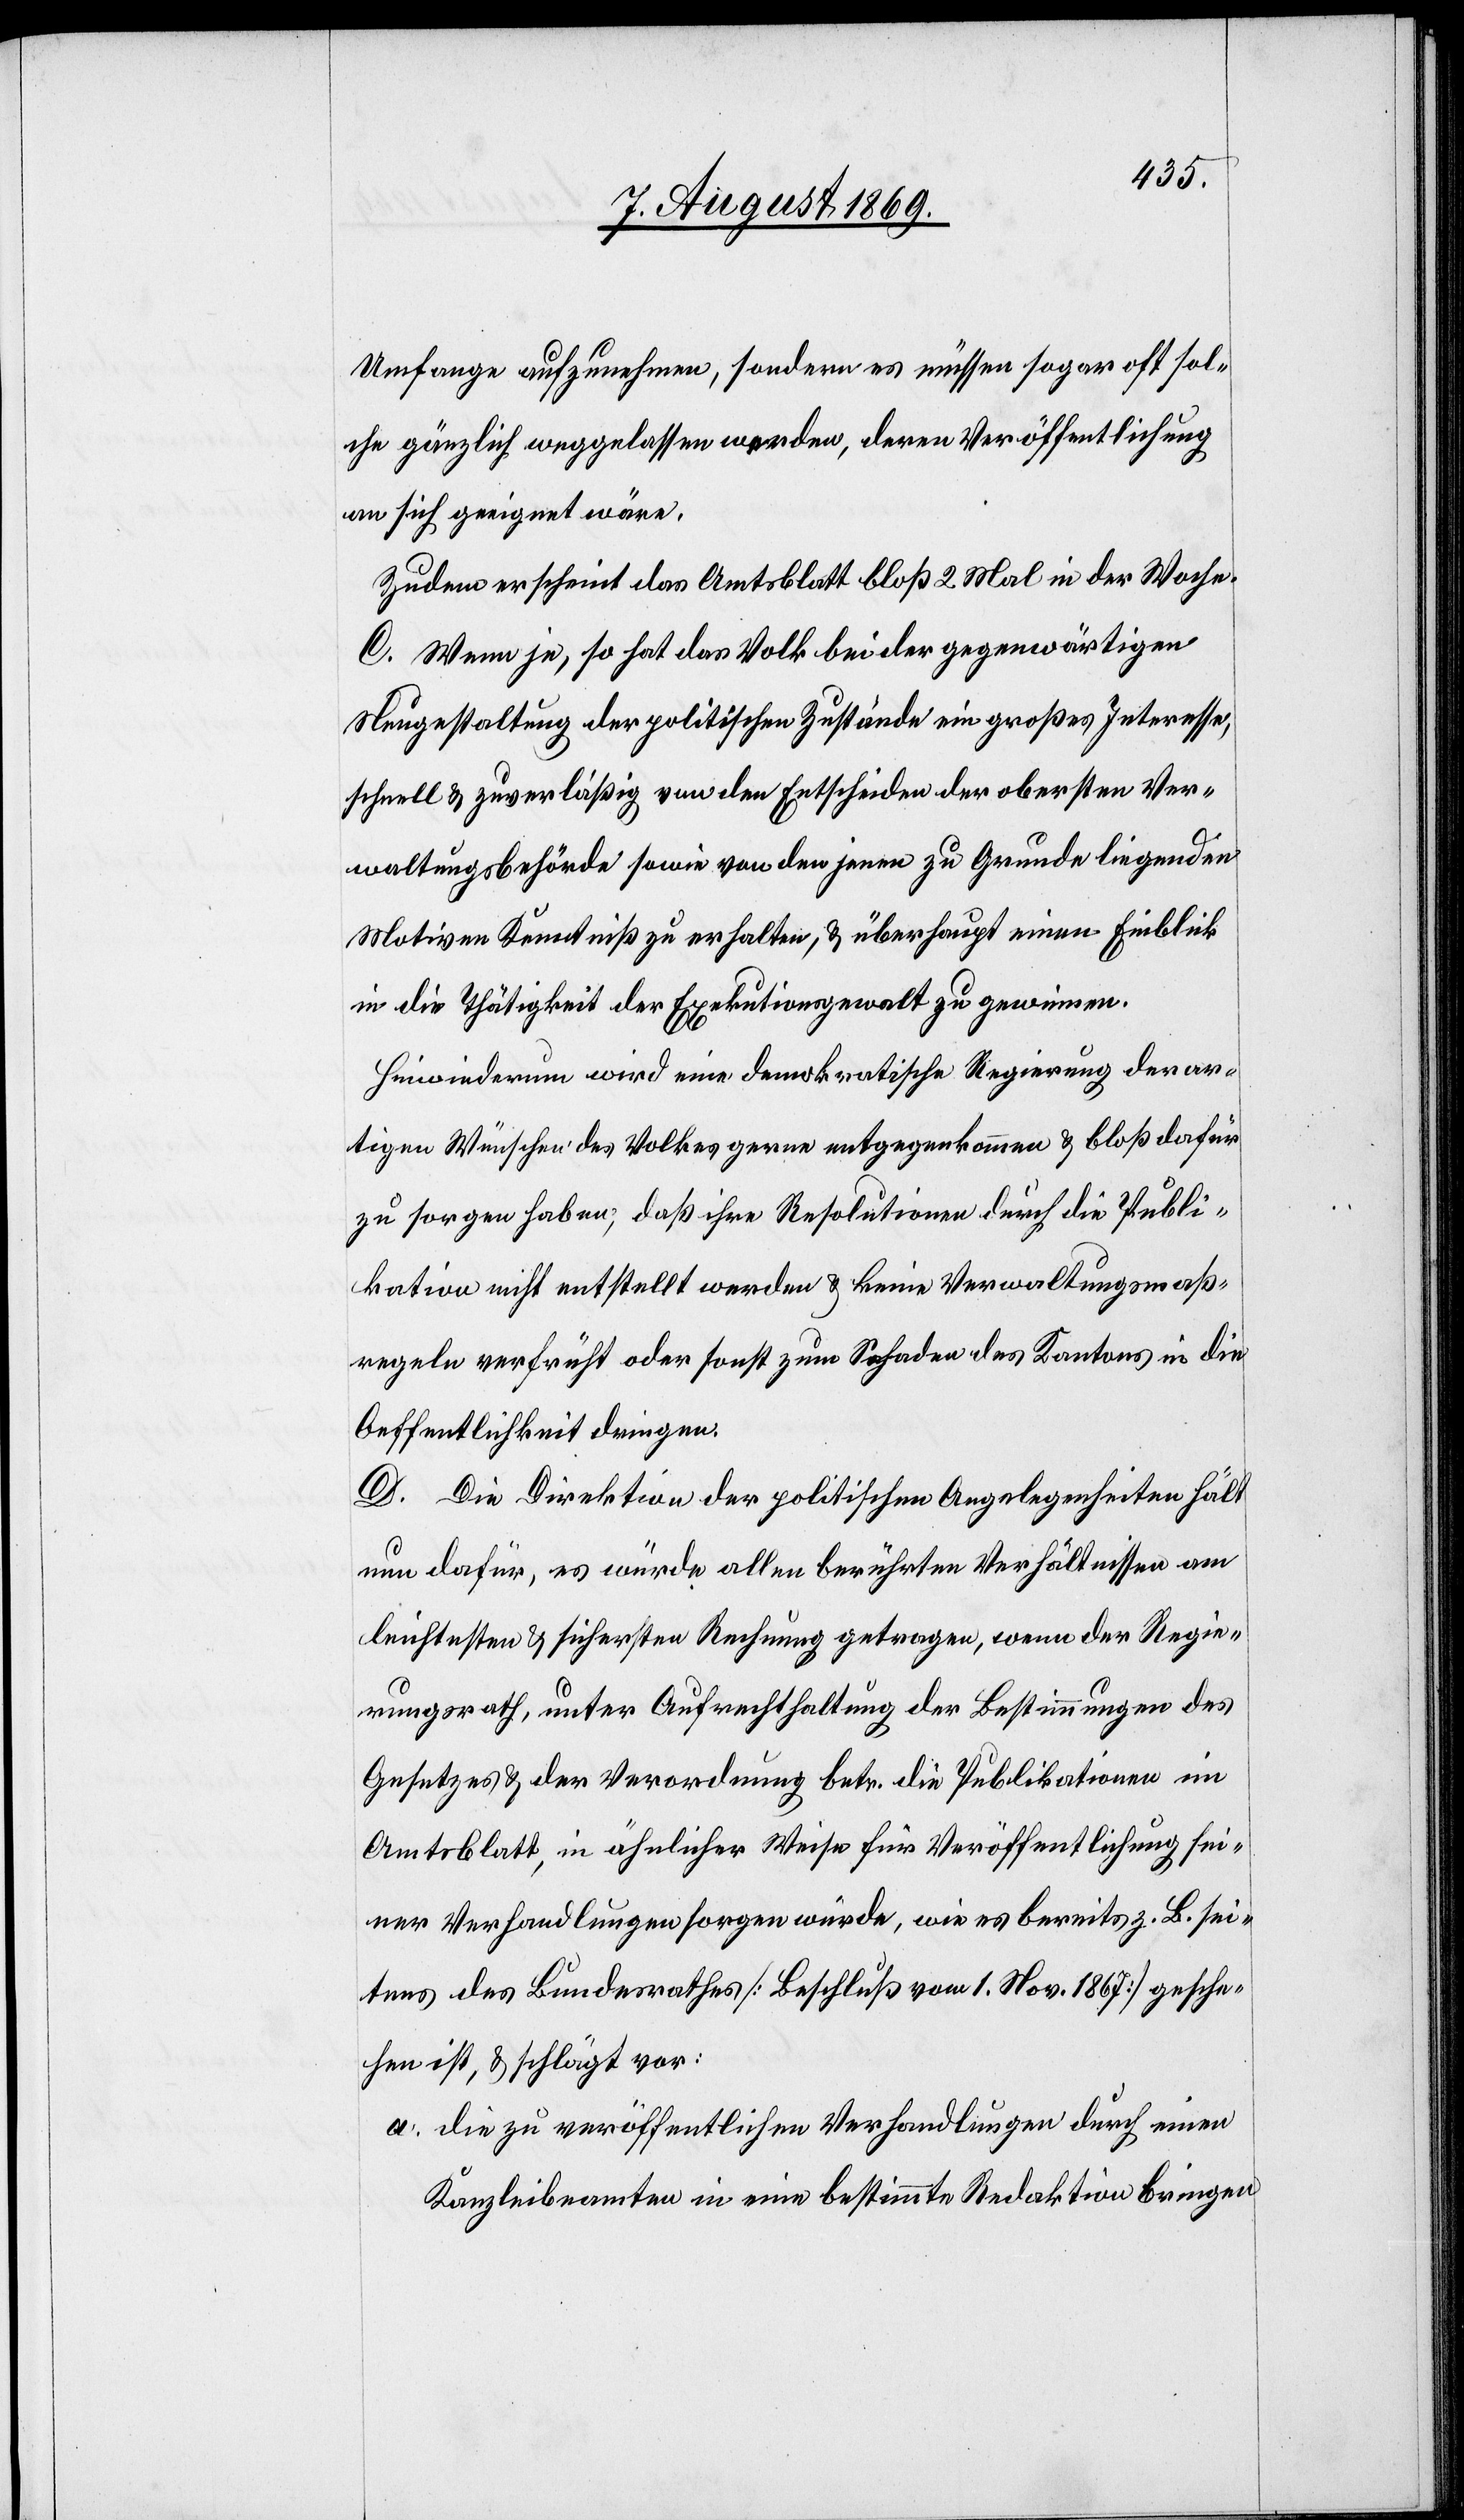
Umfange aufzunehmen, sondern es müssen sogar oft sol¬
che gänzlich weggelassen werden, deren Veröffentlichung
an sich geeignet wäre.
Zudem erscheint das Amtsblatt bloß 2 Mal in der Woche.
C. Wenn je, so hat das Volk bei der gegenwärtigen
Neugestaltung der politischen Zustände ein großes Interesse,
schnell & zuverlässig von den Entscheiden der obersten Ver¬
waltungsbehörden sowie von den jenen zu Grunde liegenden
Motiven Kenntniß zu erhalten, & überhaupt einen Einblick
in die Thätigkeit der Exekutionsgewalt zu gewinnen.
Hinwiederum wird eine demokratische Regierung derar¬
tigen Wünschen des Volkes gerne entgegenkommen & bloß dafür
zu sorgen haben, daß ihre Resolutionen durch die Publi¬
kation nicht entstellt werden & keine Verwaltungsmaß¬
regeln verfrüht oder sonst zum Schaden des Kantons in die
Oeffentlichkeit dringen.
D. Die Direktion der politischen Angelegenheiten hält
nun dafür, es würde allen berührten Verhältnissen am
leichtesten & sichersten Rechnung getragen, wenn der Regie¬
rungsrath, unter Aufrechthaltung der Bestimmungen des
Gesetzes & der Verordnung betr die Publikationen im
Amtsblatt, in ähnlicher Weise für Veröffentlichung sei¬
ner Verhandlungen sorgen würde, wie es bereits z. B. sei¬
tens des Bundesrathes [Beschluß vom 1 Nov. 1867] gesche¬
hen ist, & schlägt vor:
a. die zu veröffentlichen [sic!] Verhandlungen durch einen
Kanzleibeamten in eine bestimmte Redaktion bringen